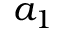
a _ { 1 }